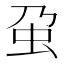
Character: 𧈦